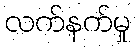
လက်နက်မှု